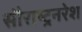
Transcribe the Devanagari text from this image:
सौराष्ट्रनरेश